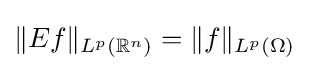
\|Ef\|_{L^{p}(\mathbb {R} ^{n})}=\|f\|_{L^{p}(\Omega )}